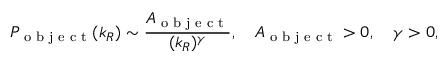
P _ { \textrm { o b j e c t } } ( k _ { R } ) \sim \frac { A _ { \textrm { o b j e c t } } } { ( k _ { R } ) ^ { \gamma } } , \quad A _ { \textrm { o b j e c t } } > 0 , \quad \gamma > 0 ,